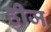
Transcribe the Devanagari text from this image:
हीज